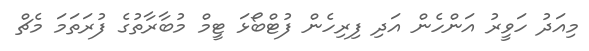
މިއަދު ހަވީރު އަންހެން އަދި ފިރިހެން ފުޓްބޯޅަ ޓީމް މުބާރާތުގެ ފުރަތަމަ މެޗް